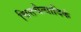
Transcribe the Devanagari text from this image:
चित्तचैत्यादिकं